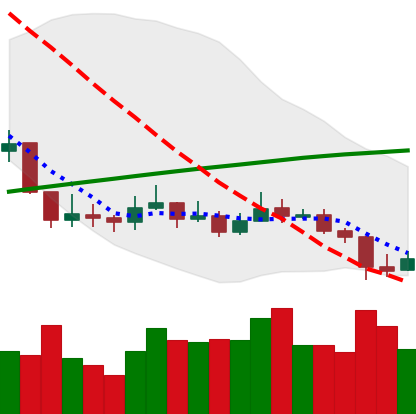
Ticker: LINK-USD
Chart end date: 2019-09-15
Forward return: 12.997%
Label: up_7plus